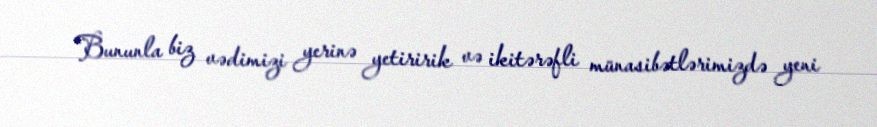
Bununla biz vədimizi yerinə yetiririk və ikitərəfli münasibətlərimizdə yeni